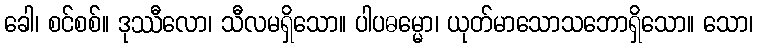
ခေါ၊ စင်စစ်။ ဒုဿီလော၊ သီလမရှိသော။ ပါပဓမ္မော၊ ယုတ်မာသောသဘောရှိသော။ သော၊